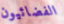
الفضائيون